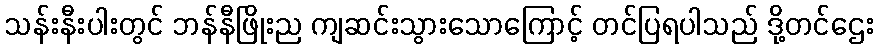
သန်းနီးပါးတွင် ဘန်နီဖြိုးည ကျဆင်းသွားသောကြောင့် တင်ပြရပါသည် ဒို့တင်ဌေး